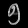
Digit: ၅